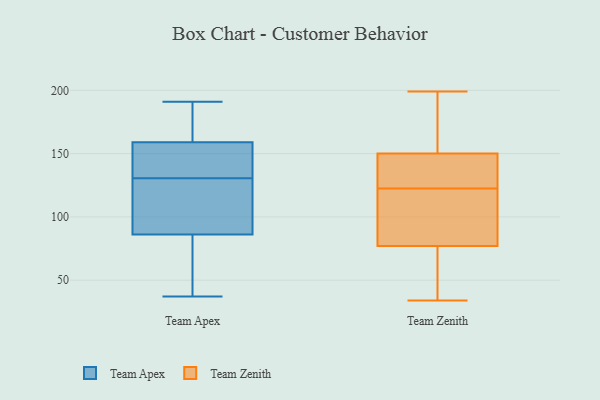
{"axis": {"x": "Revenue (USD Million)", "y": "Value"}, "legend": ["Team Apex", "Team Zenith"], "data": [{"x": "", "y": 191, "type": "Team Apex"}, {"x": "", "y": 181, "type": "Team Apex"}, {"x": "", "y": 159, "type": "Team Apex"}, {"x": "", "y": 85, "type": "Team Apex"}, {"x": "", "y": 37, "type": "Team Apex"}, {"x": "", "y": 156, "type": "Team Apex"}, {"x": "", "y": 87, "type": "Team Apex"}, {"x": "", "y": 99, "type": "Team Apex"}, {"x": "", "y": 159, "type": "Team Apex"}, {"x": "", "y": 45, "type": "Team Apex"}, {"x": "", "y": 140, "type": "Team Apex"}, {"x": "", "y": 121, "type": "Team Apex"}, {"x": "", "y": 99, "type": "Team Zenith"}, {"x": "", "y": 144, "type": "Team Zenith"}, {"x": "", "y": 34, "type": "Team Zenith"}, {"x": "", "y": 37, "type": "Team Zenith"}, {"x": "", "y": 138, "type": "Team Zenith"}, {"x": "", "y": 67, "type": "Team Zenith"}, {"x": "", "y": 112, "type": "Team Zenith"}, {"x": "", "y": 88, "type": "Team Zenith"}, {"x": "", "y": 77, "type": "Team Zenith"}, {"x": "", "y": 134, "type": "Team Zenith"}, {"x": "", "y": 97, "type": "Team Zenith"}, {"x": "", "y": 195, "type": "Team Zenith"}, {"x": "", "y": 42, "type": "Team Zenith"}, {"x": "", "y": 163, "type": "Team Zenith"}, {"x": "", "y": 182, "type": "Team Zenith"}, {"x": "", "y": 150, "type": "Team Zenith"}, {"x": "", "y": 133, "type": "Team Zenith"}, {"x": "", "y": 199, "type": "Team Zenith"}]}